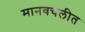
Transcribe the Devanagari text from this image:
मानवचलीत